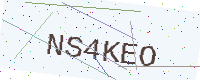
Text: NS4KEO